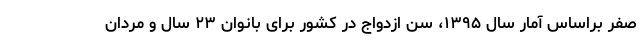
صفر براساس آمار سال ۱۳۹۵، سن ازدواج در کشور برای بانوان ۲۳ سال و مردان